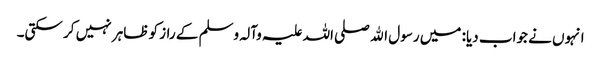
انہوں نے جواب دیا: میں رسول اﷲ صلی اللہ علیہ وآلہ وسلم کے راز کو ظاہر نہیں کر سکتی۔